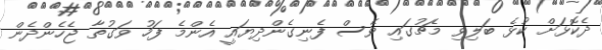
ދެކޮޅަށް ކުޅެ ބަލިވި މެޗުގައި ވެސް ފެނިގެންދިޔައީ އެންމެ ފަހު ވަގުތާ ޖެހެންދެން